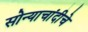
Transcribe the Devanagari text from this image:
सोन्याचांदीचे